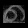
Digit: ၈